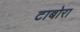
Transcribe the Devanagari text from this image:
टाबोरा